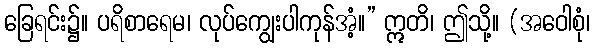
ခြေရင်း၌။ ပရိစာရေမ၊ လုပ်ကျွေးပါကုန်အံ့။” ဣတိ၊ ဤသို့။ (အဝေါစုံ၊